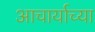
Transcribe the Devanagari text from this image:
आचार्याच्या